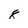
Character: 8